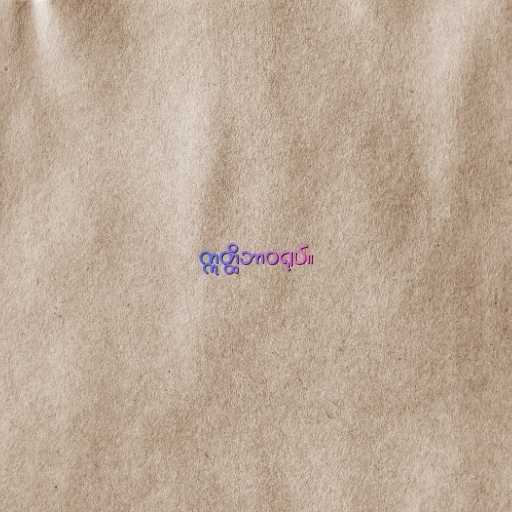
ဣတ္ထိဘာဝရုပ်။